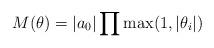
LaTeX: \begin{align*}M(\theta)= |a_0| \prod \max (1,|\theta_i|)\end{align*}